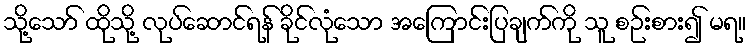
သို့သော် ထိုသို့ လုပ်ဆောင်ရန် ခိုင်လုံသော အကြောင်းပြချက်ကို သူ စဉ်းစား၍ မရ။